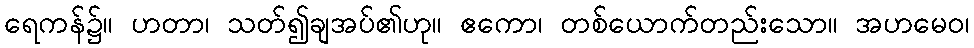
ရေကန်၌။ ဟတာ၊ သတ်၍ချအပ်၏ဟု။ ဧကော၊ တစ်ယောက်တည်းသော။ အဟမေဝ၊